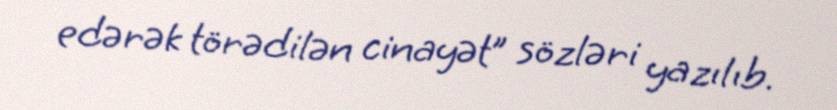
edərək törədilən cinayət” sözləri yazılıb.